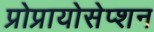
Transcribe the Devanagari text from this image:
प्रोप्रायोसेप्शन